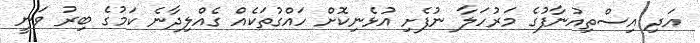
އަދި އިސްތިއުނާފުގެ މަރުހަލާ ނުފެށި އުޅެނިކޮށް ހައްގުތަކެއް ގެއްލިދާނެ ކަމުގެ ބިރު ވަނީ